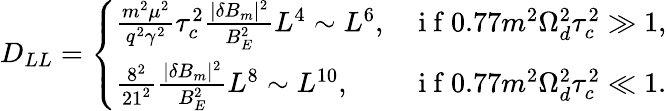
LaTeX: D_{LL}=\left\{ \begin{array}{ll}{\frac{m^{2}\mu^{2}}{q^{2}\gamma^{2}}\tau_{c}^{2}\frac{|\delta B_{m}|^{2}}{B_{E}^{2}}L^{4}\sim L^{6},}&{\mathrm{~i~f~}0.77m^{2}\Omega_{d}^{2}\tau_{c}^{2}\gg 1,}\\ {\frac{8^{2}}{21^{2}}\frac{|\delta B_{m}|^{2}}{B_{E}^{2}}L^{8}\sim L^{10},}&{\mathrm{~i~f~}0.77m^{2}\Omega_{d}^{2}\tau_{c}^{2}\ll 1.}\end{array}\right.